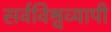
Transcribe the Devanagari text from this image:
सर्वविश्वव्यापी